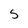
Character: 5